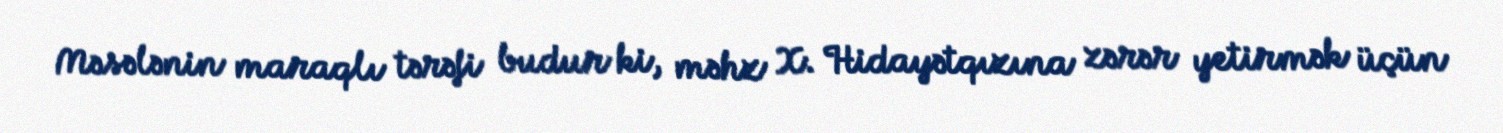
Məsələnin maraqlı tərəfi budur ki, məhz X. Hidayətqızına zərər yetirmək üçün